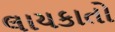
લાયકાતો